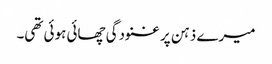
میرے ذہن پر غنودگی چھائی ہوئی تھی۔